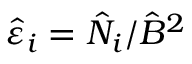
\hat { \varepsilon } _ { i } = \hat { N } _ { i } / \hat { B } ^ { 2 }